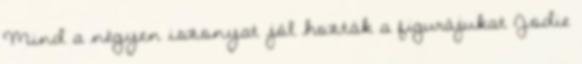
Mind a négyen iszonyat jól hozták a figurájukat Jodie